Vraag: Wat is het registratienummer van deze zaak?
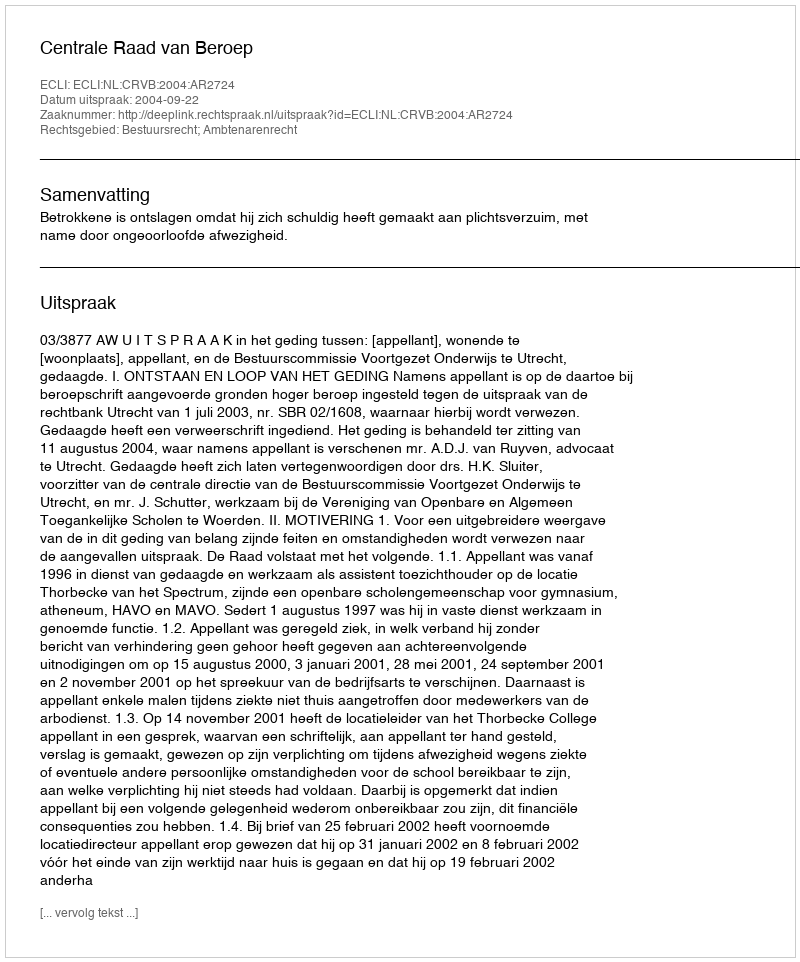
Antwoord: http://deeplink.rechtspraak.nl/uitspraak?id=ECLI:NL:CRVB:2004:AR2724